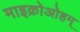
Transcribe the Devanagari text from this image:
माइक्रोओहम्‌